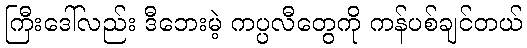
ကြီးဒေါ်လည်း ဒီဘေးမဲ့ ကပ္ပလီတွေကို ကန်ပစ်ချင်တယ်